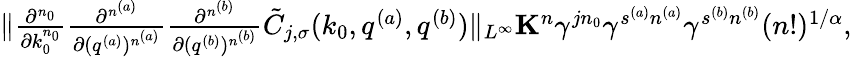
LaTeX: \begin{array}{r}{\Vert\frac{\partial^{n_{0}}}{\partial k_{0}^{n_{0}}}\frac{\partial^{n^{(a)}}}{\partial(q^{(a)})^{n^{(a)}}}\frac{\partial^{n^{(b)}}}{\partial(q^{(b)})^{n^{(b)}}}\tilde{C}_{j,\sigma}(k_{0},q^{(a)},q^{(b)})\Vert_{L^{\infty}}\le K^{n}\gamma^{jn_{0}}\gamma^{s^{(a)}n^{(a)}}\gamma^{s^{(b)}n^{(b)}}(n!)^{1/\alpha},}\end{array}